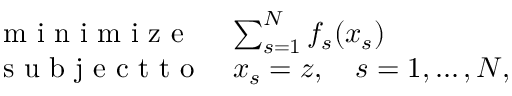
\begin{array} { l l } { \mathrm { ~ m ~ i ~ n ~ i ~ m ~ i ~ z ~ e ~ } } & { \sum _ { s = 1 } ^ { N } f _ { s } ( x _ { s } ) } \\ { \mathrm { ~ s ~ u ~ b ~ j ~ e ~ c ~ t ~ t ~ o ~ } } & { x _ { s } = z , \quad s = 1 , \ldots , N , } \end{array}